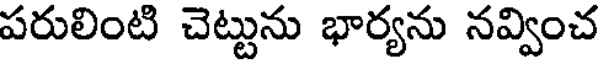
పరులింటి చెట్టును భార్యను నవ్వించ